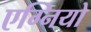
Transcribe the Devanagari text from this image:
एग्नियो